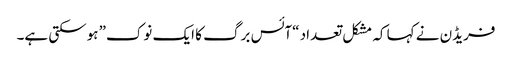
فریڈن نے کہا کہ مشکل تعداد “آئس برگ کا ایک نوک” ہوسکتی ہے۔